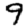
Digit: 9